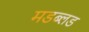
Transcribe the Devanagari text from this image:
मडब्लड